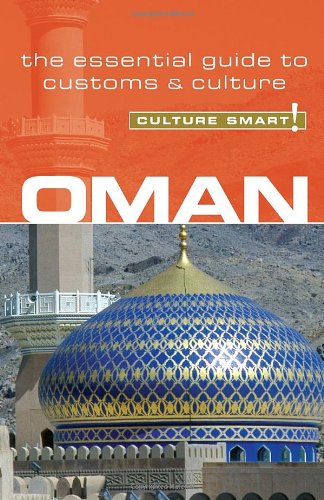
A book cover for Oman - Culture Smart!: the essential guide to customs & culture; Simone Nowell; Business & Money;